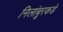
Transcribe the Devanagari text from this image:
निलांबूरकडे